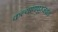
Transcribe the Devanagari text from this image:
कल्याणपूरजवळ